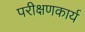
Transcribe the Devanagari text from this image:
परीक्षणकार्य